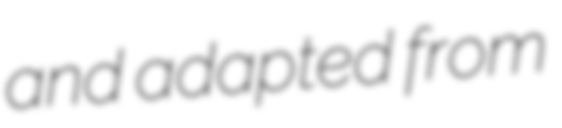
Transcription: and adapted from